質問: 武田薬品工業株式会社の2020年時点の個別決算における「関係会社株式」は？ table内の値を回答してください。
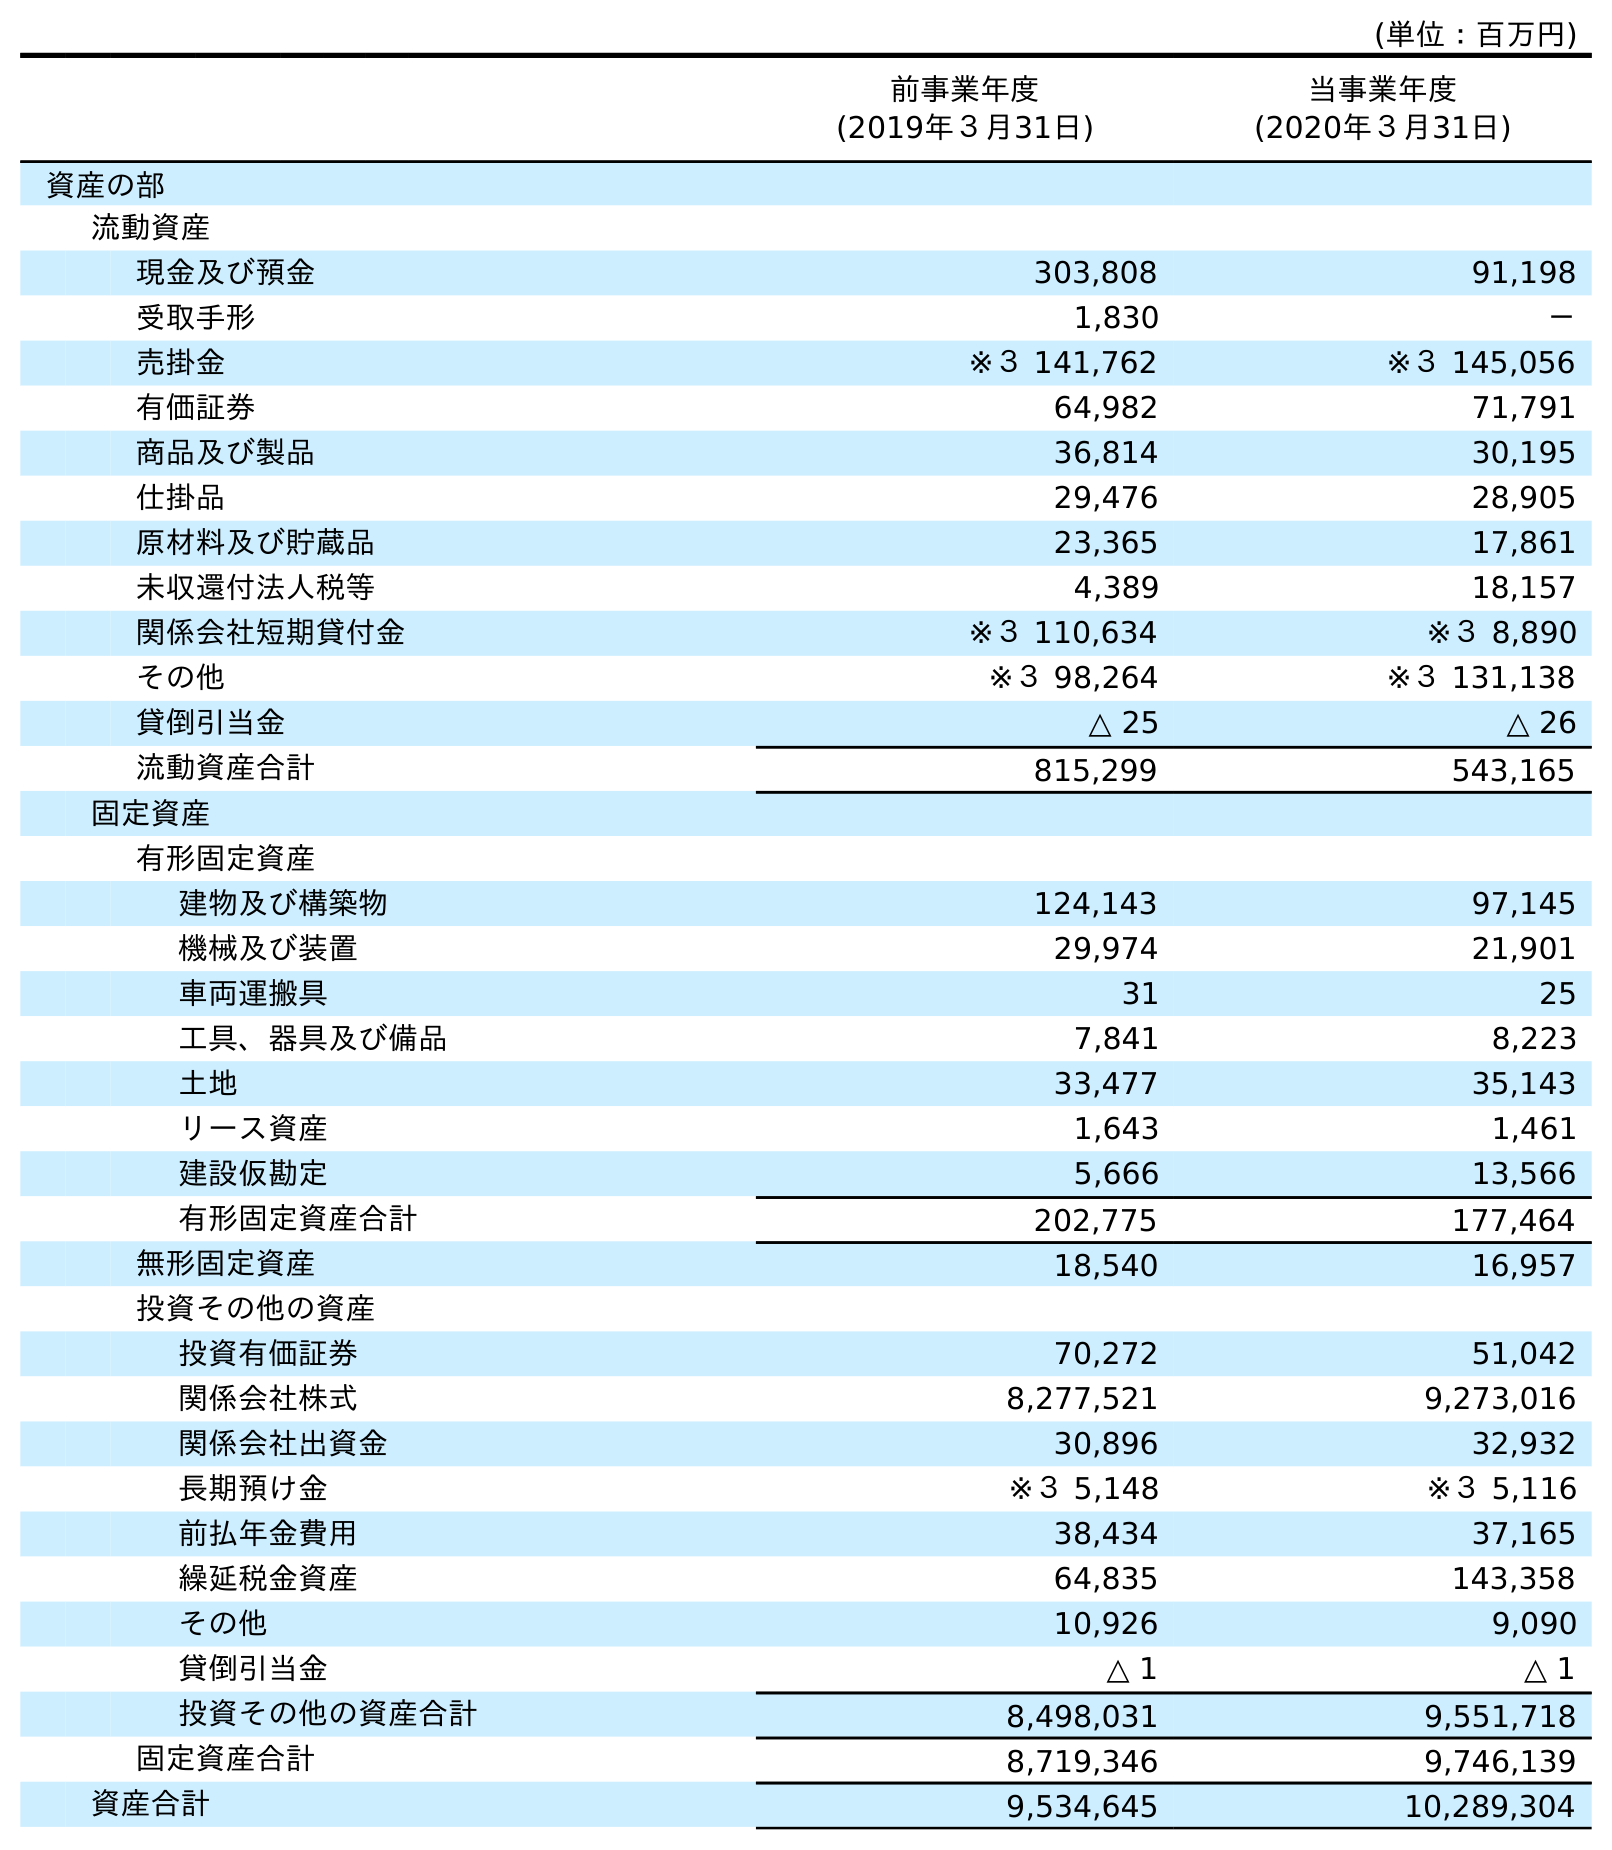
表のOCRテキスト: (単位：百万円) 前事業年度 (2019年３月31日) 当事業年度 (2020年３月31日) 資産の部 流動資産 現金及び預金 303,808 91,198 受取手形 1,830 － 売掛金 ※３ 141,762 ※３ 145,056 有価証券 64,982 71,791 商品及び製品 36,814 30,195 仕掛品 29,476 28,905 原材料及び貯蔵品 23,365 17,861 未収還付法人税等 4,389 18,157 関係会社短期貸付金 ※３ 110,634 ※３ 8,890 その他 ※３ 98,264 ※３ 131,138 貸倒引当金 △ 25 △ 26 流動資産合計 815,299 543,165 固定資産 有形固定資産 建物及び構築物 124,143 97,145 機械及び装置 29,974 21,901 車両運搬具 31 25 工具、器具及び備品 7,841 8,223 土地 33,477 35,143 リース資産 1,643 1,461 建設仮勘定 5,666 13,566 有形固定資産合計 202,775 177,464 無形固定資産 18,540 16,957 投資その他の資産 投資有価証券 70,272 51,042 関係会社株式 8,277,521 9,273,016 関係会社出資金 30,896 32,932 長期預け金 ※３ 5,148 ※３ 5,116 前払年金費用 38,434 37,165 繰延税金資産 64,835 143,358 その他 10,926 9,090 貸倒引当金 △ 1 △ 1 投資その他の資産合計 8,498,031 9,551,718 固定資産合計 8,719,346 9,746,139 資産合計 9,534,645 10,289,304
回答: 9,273,016